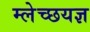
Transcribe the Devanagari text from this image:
म्लेच्छयज्ञ